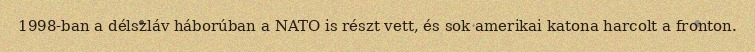
1998-ban a délszláv háborúban a NATO is részt vett, és sok amerikai katona harcolt a fronton.